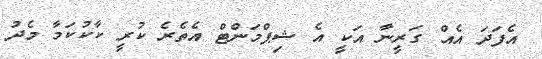
އެފަދަ އެއް ގަރީނާ އަކީ އެ ޝިޕްމަންޓް އެތެރެ ކުރީ ކާކުކަމާ މެދު